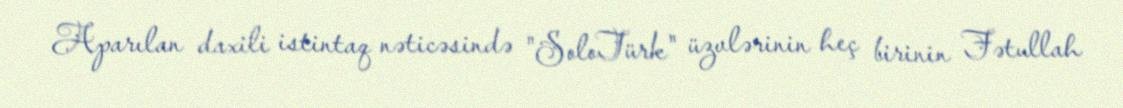
Aparılan daxili istintaq nəticəsində "SoloTürk" üzvlərinin heç birinin Fətullah